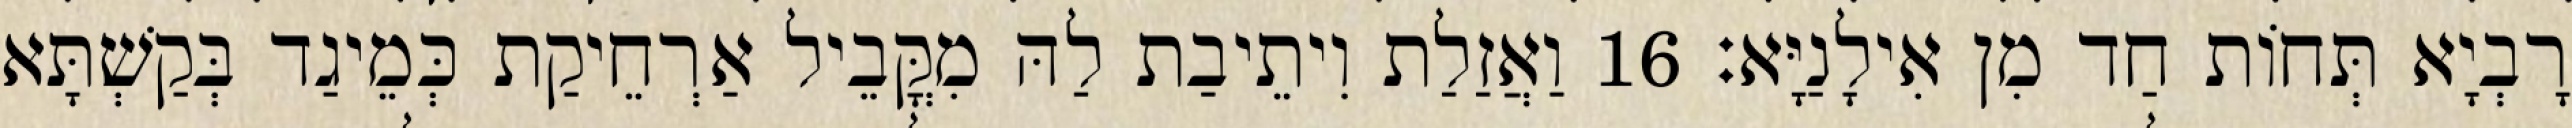
רָבְיָא תְּחוֹת חַד מִן אִילָנַיָּא׃ 16 וַאֲזַלַת וִיתֵיבַת לַהּ מִקֳּבֵיל אַרְחֵיקַת כְּמֵיגַד בְּקַשְׁתָּא